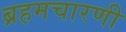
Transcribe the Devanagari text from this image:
ब्रहमचारणी